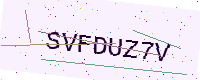
Text: SVFDUZ7V